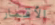
الأقمار